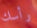
رأسك